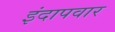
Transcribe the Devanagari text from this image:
इंदापवार